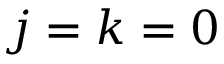
j = k = 0